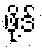
ဖို့ဒ်